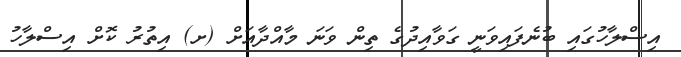
އިސްލާހުގައި ބުނެފައިވަނީ ގަވާއިދުގެ ތިން ވަނަ މާއްދާއަށް (ށ) އިތުރު ކޮށް އިސްލާހު